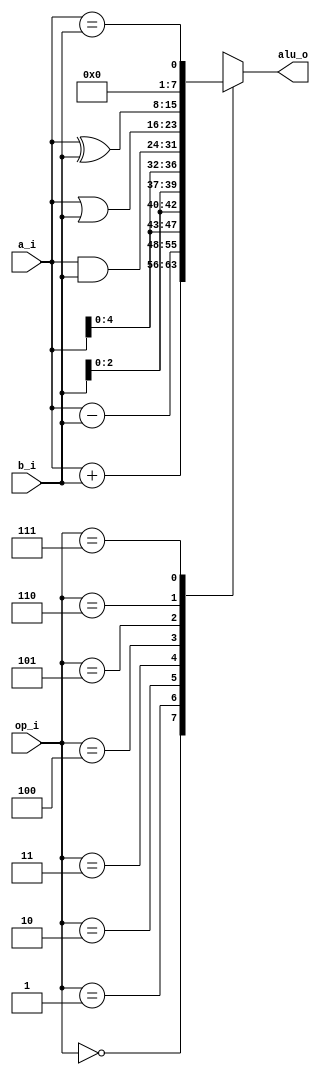
module alu_8_bit(
input wire [7:0] a_i, b_i,
input wire [2:0] op_i,
output reg [7:0] alu_o
    );
    
    reg [7:0] SLL = {b_i[2:0], a_i[4:0]};
    
    
    always @(*)
    begin
    case(op_i)
    3'b000 : alu_o <= a_i + b_i;
    3'b001 : alu_o <= a_i - b_i;
    3'b010 : alu_o <= {a_i[4:0], b_i[2:0]};
    3'b011 : alu_o <= {b_i[2:0], a_i[4:0]};
    3'b100 : alu_o <= a_i & b_i;
    3'b101 : alu_o <= a_i | b_i;
    3'b110 : alu_o <= a_i ^ b_i;
    3'b111 : alu_o <= a_i == b_i;
    default : alu_o <= 0;
    endcase
    end
endmodule